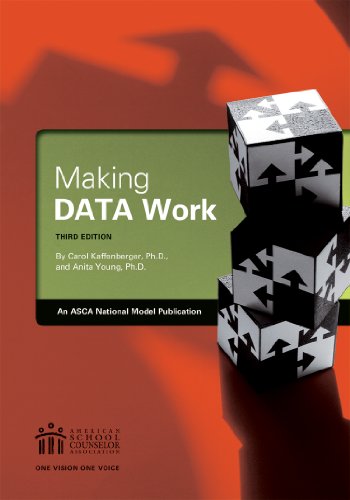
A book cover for Making Data Work; Carol Kaffenberger; Business & Money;